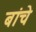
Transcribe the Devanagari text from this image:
बांचे